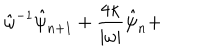
\hat { \omega } ^ { - 1 } \hat { \psi } _ { n + 1 } + \frac { 4 \kappa } { | \omega | } \hat { \psi } _ { n } +